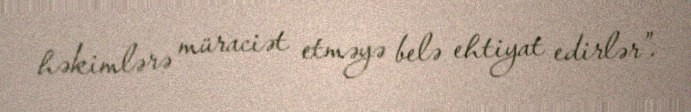
həkimlərə müraciət etməyə belə ehtiyat edirlər”.